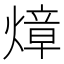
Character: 𤍤